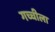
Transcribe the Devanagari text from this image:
गच्चीला